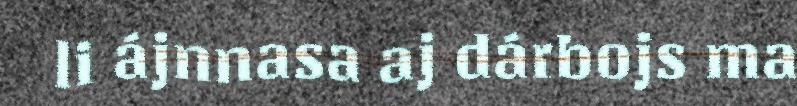
li ájnnasa aj dárbojs ma